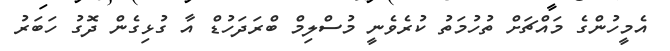
އެމީހުންގެ މައްޗަށް ތުހުމަތު ކުރެވެނީ މުސްލިމް ބްރަދަހުޑް އާ ގުޅިގެން ދޮގު ހަބަރު